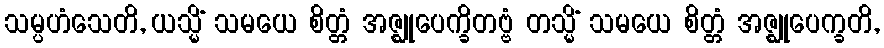
သမ္ပဟံသေတိ, ယသ္မိံ သမယေ စိတ္တံ အဇ္ဈုပေက္ခိတဗ္ဗံ တသ္မိံ သမယေ စိတ္တံ အဇ္ဈုပေက္ခတိ,